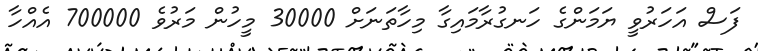
ފަސް އަހަރުވީ ޔަމަންގެ ހަނގުރާމައިގާ މިހާތަނަށް 30000 މީހުން މަރުވެ 700000 އެއްހާ